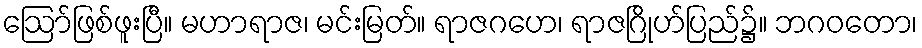
ဩော်ဖြစ်ဖူးပြီ။ မဟာရာဇ၊ မင်းမြတ်။ ရာဇဂဟေ၊ ရာဇဂြိုဟ်ပြည်၌။ ဘဂဝတော၊